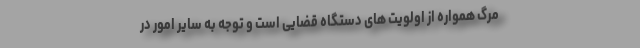
مرگ همواره از اولویت های دستگاه قضایی است و توجه به سایر امور در